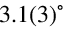
3 . 1 ( 3 ) ^ { \circ }